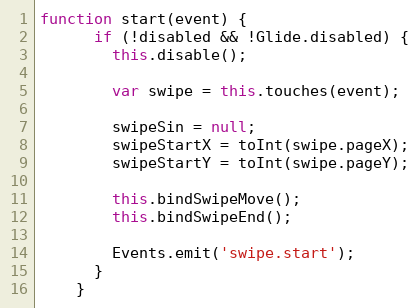
Language: JavaScript
function start(event) {
      if (!disabled && !Glide.disabled) {
        this.disable();

        var swipe = this.touches(event);

        swipeSin = null;
        swipeStartX = toInt(swipe.pageX);
        swipeStartY = toInt(swipe.pageY);

        this.bindSwipeMove();
        this.bindSwipeEnd();

        Events.emit('swipe.start');
      }
    }